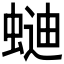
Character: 𰳌